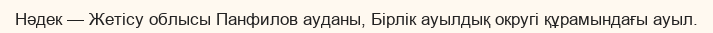
Нәдек — Жетісу облысы Панфилов ауданы, Бірлік ауылдық округі құрамындағы ауыл.